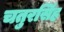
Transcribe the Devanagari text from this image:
चतुरसिंह